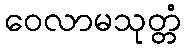
ဝေလာမသုတ္တံ